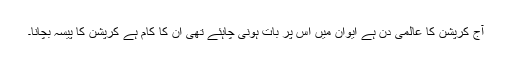
آج کرپشن کا عالمی دن ہے ایوان میں اس پر بات ہونی چاہئے تھی ان کا کام ہے کرپشن کا پیسہ بچانا۔